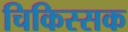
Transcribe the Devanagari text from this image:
चिकिस्सक